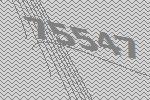
75547